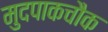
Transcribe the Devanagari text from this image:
मुदपाकचौक